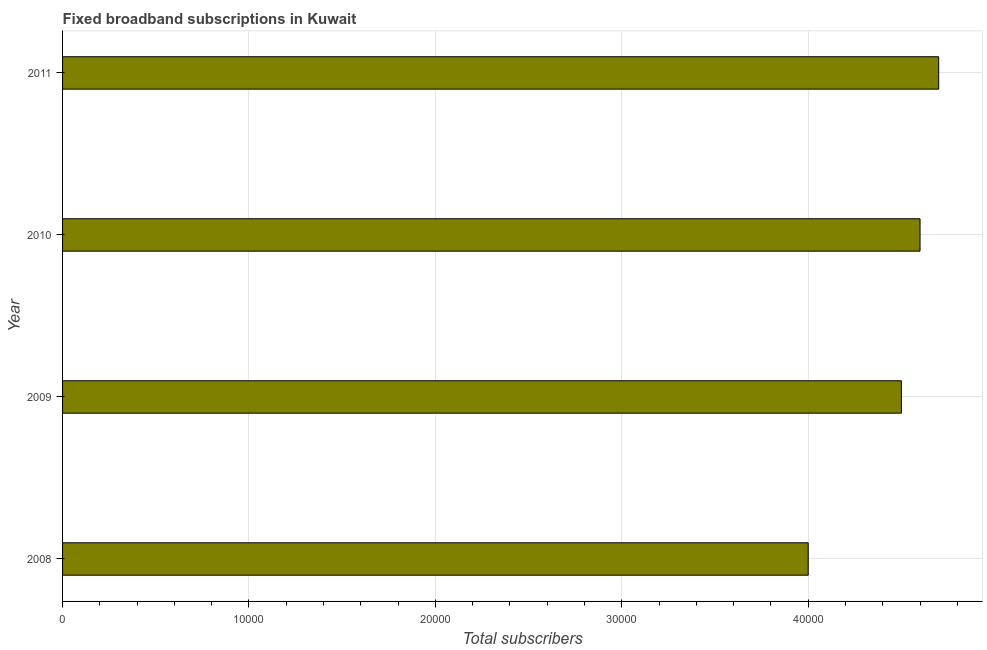
| Year | Fixed broadband subscriptions |
 | --- | --- |
 | 2008 | 4e+04 |
 | 2009 | 4.5e+04 |
 | 2010 | 4.6e+04 |
 | 2011 | 4.7e+04 |